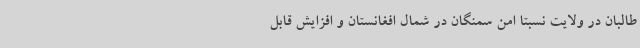
طالبان در ولایت نسبتا امن سمنگان در شمال افغانستان و افزایش قابل